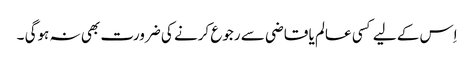
اِس کے لیے کسی عالم یا قاضی سے رجوع کرنے کی ضرورت بھی نہ ہوگی ۔